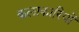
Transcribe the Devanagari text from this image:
कलाकारियों